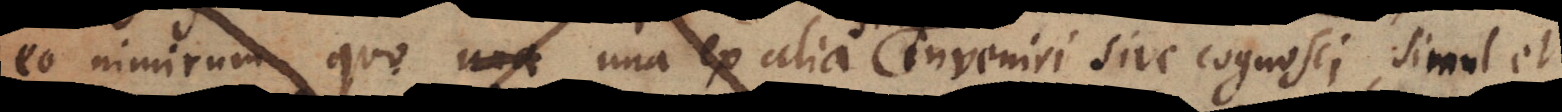
eo nimirum quo una ex alia inveniri sive cognosci simul et